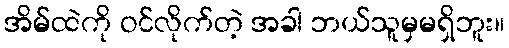
အိမ်ထဲကို ဝင်လိုက်တဲ့ အခါ ဘယ်သူမှမရှိဘူး။